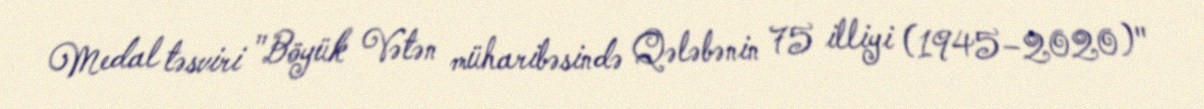
Medal təsviri "Böyük Vətən müharibəsində Qələbənin 75 illiyi (1945–2020)"